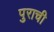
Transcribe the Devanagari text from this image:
पुराची